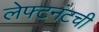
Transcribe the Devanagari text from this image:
लेफ्टनंटची